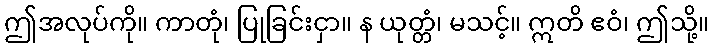
ဤအလုပ်ကို။ ကာတုံ၊ ပြုခြင်းငှာ။ န ယုတ္တံ၊ မသင့်။ ဣတိ ဧဝံ၊ ဤသို့။